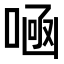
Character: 𠷭